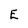
Character: E